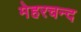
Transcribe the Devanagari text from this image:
मेहरचन्द